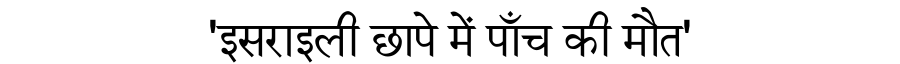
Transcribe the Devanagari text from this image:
'इसराइली छापे में पाँच की मौत'